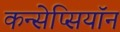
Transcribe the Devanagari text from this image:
कन्सेप्सियॉन